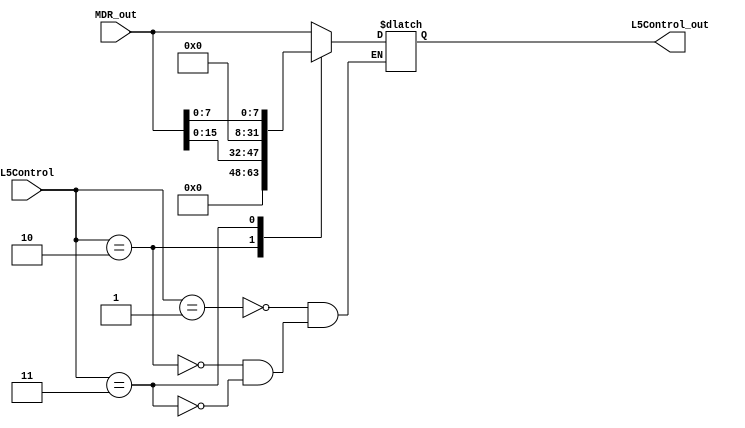
module L5_control (
input wire[31:0] MDR_out,
input wire[1:0] L5Control,
output reg[31:0] L5Control_out
);
parameter S1 = 1, S2 = 2, S3 = 3;
always @(*) begin
	case(L5Control)
		S1:
			L5Control_out <= MDR_out;//Load Word
		S2:
			L5Control_out <= {16'd0,MDR_out[15:0]};//Load Half
		S3:
			L5Control_out <= {24'd0,MDR_out[7:0]};//Load Byte
	endcase
end

endmodule